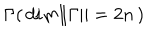
LaTeX: { \Gamma } ( \, d i m \Vert \Gamma \Vert = 2 n \, )